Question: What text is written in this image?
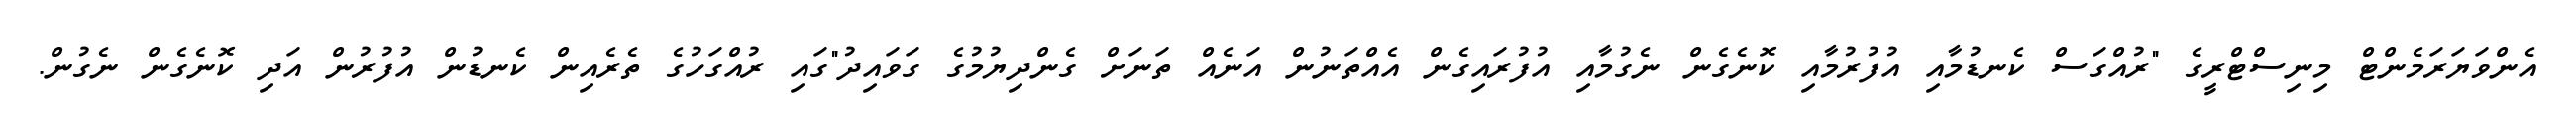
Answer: އެންވަޔަރަމެންޓް މިނިސްޓްރީގެ "ރުއްގަސް ކެނޑުމާއި އުފުރުމާއި ކޮނެގެން ނެގުމާއި އުފުރައިގެން އެއްތަނުން އަނެއް ތަނަށް ގެންދިޔުމުގެ ގަވައިދު"ގައި ރުއްގަހުގެ ތެރެއިން ކެނޑުން އުފުރުން އަދި ކޮނެގެން ނެގުން.